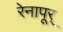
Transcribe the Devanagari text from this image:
रेनापूर्